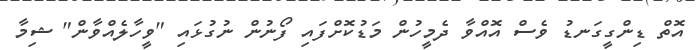
އޮތް ޑިންގީގަނޑު ވެސް އޮއްވާ ދެމީހުން މަޑުކޮށްފައި ފޯނުން ނުގުޅައި "ވީހާލެއްވާން" ޝިމާ